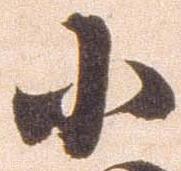
小